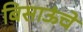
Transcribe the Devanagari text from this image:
बिसाऊंचे